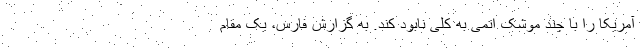
آمریکا را با چند موشک اتمی به کلی نابود کند. به گزارش فارس، یک مقام